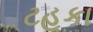
ટહૂકા